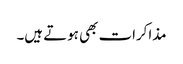
مذاکرات بھی ہوتے ہیں۔